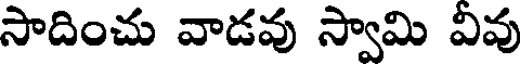
సాదించు వాడవు స్వామి వివు